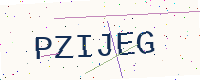
Text: PZIJEG